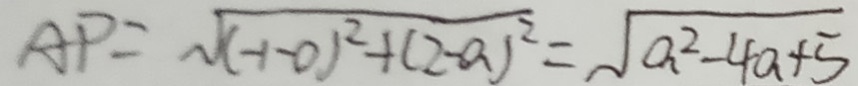
A P = \sqrt { ( - 1 - 0 ) ^ { 2 } + ( 2 - a ) ^ { 2 } } = \sqrt { a ^ { 2 } - 4 a + 5 }